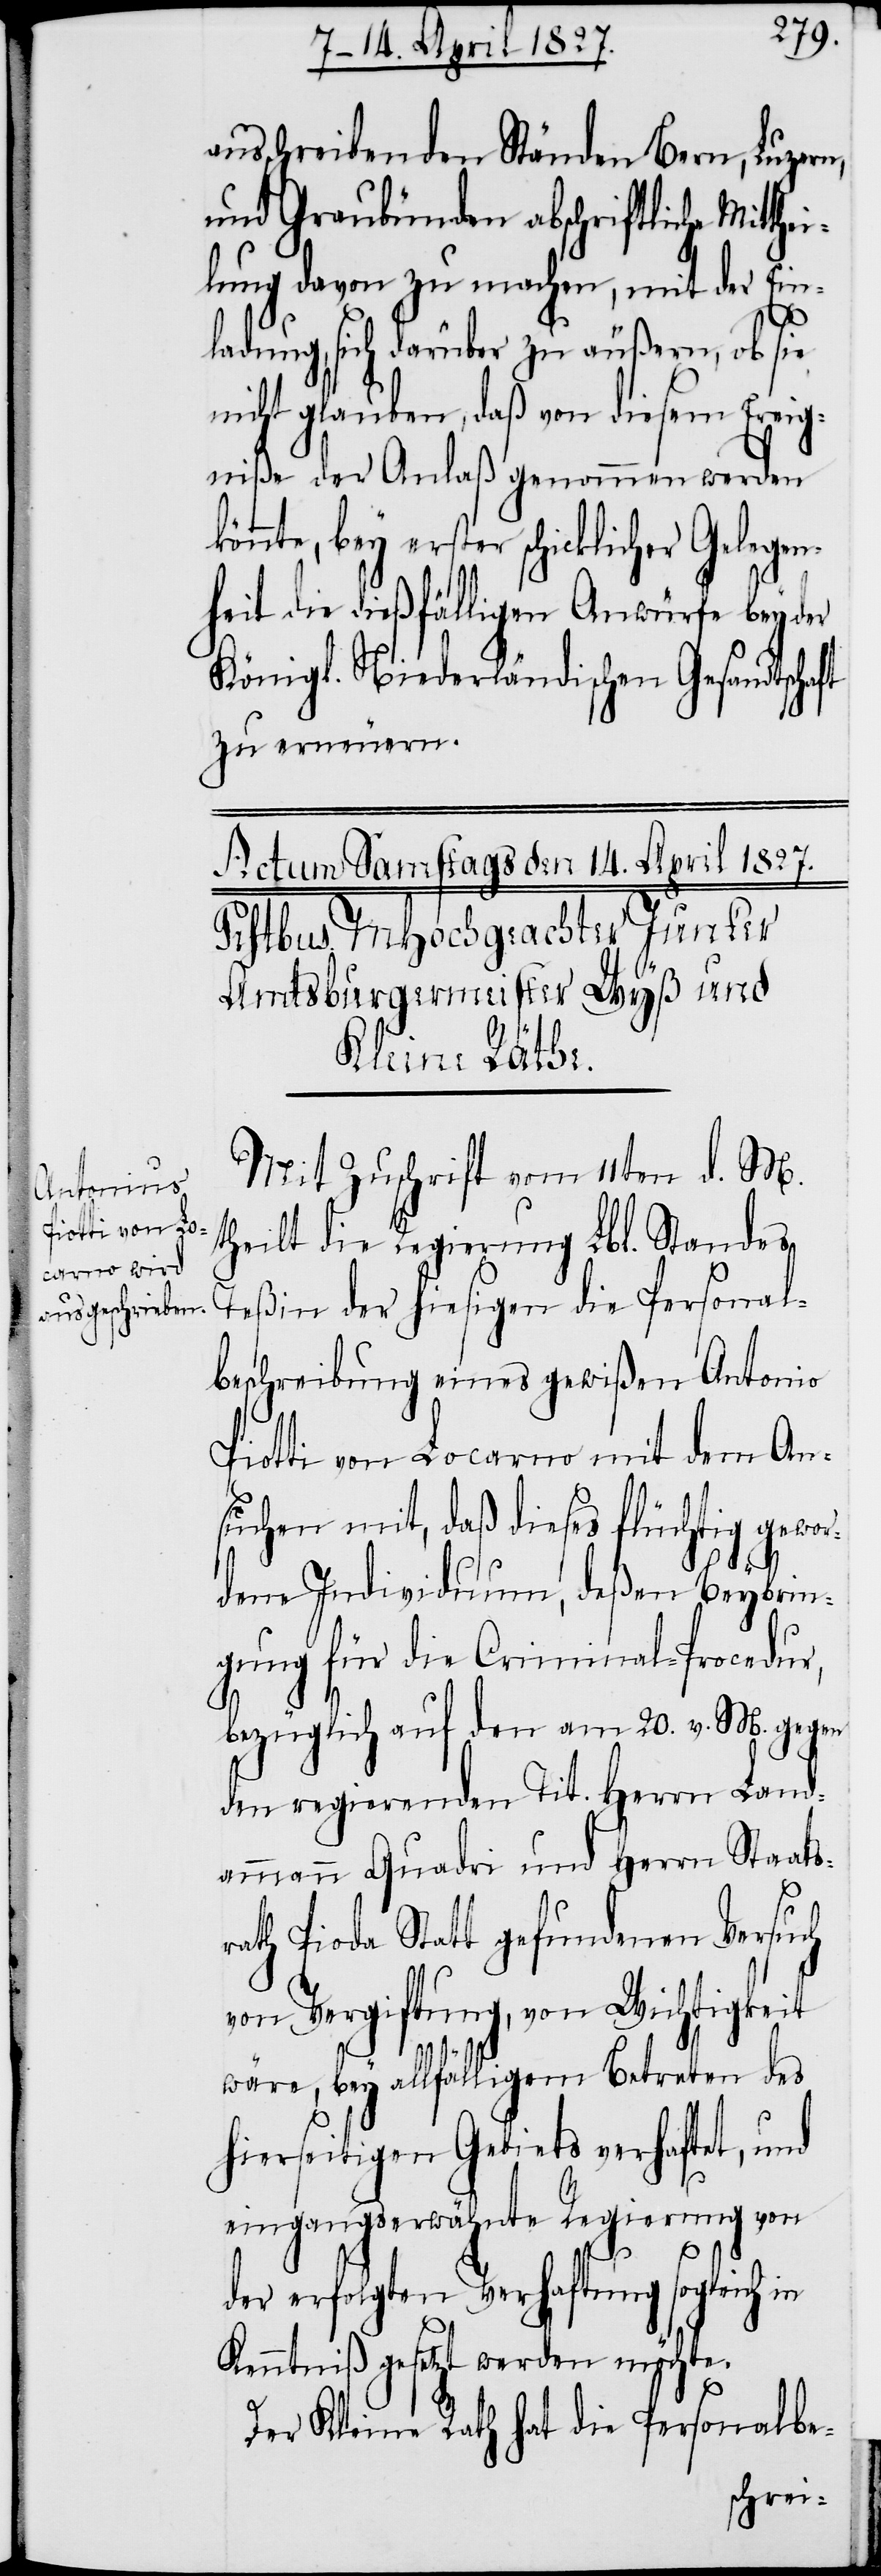
ausschreibenden Ständen Bern, Luzern,
und Graubünden abschriftliche Mit¬
lung davon zu machen, mit der Ein¬
ladung, sich darüber zu äußern, ob sie
nicht glauben, daß von diesem Ereig¬
niße der Anlaß genommen werden
önnte, bey erster schicklicher Gelege¬
nheit die dießfälligen Anwürfe bey der
Königl. Niederländischen Gesandtschaft
zu erneuern.
Mit Zuschrift vom 11ten d. M.
theilt die Regierung Lbl. Standes
Teßin der hiesigen die Personal¬
beschreibung eines gewißen Antonio
Piotti von Locarno mit dem An¬
suchen mit, daß dieses flüchtig gewor¬
k¬
dene Individuum, deßen Beybrin¬
gung für die Criminal-Procedur,
bezüglich auf den am 20. v. M. gegen
den regierenden Tit. Herrn Land¬
ammann Quadri und Herrn Staats¬
rath Pioda Statt gefundenen Versuch
von Vergiftung, von Wichtigkeit
wäre, bey allfälligem Betreten des
hierseitigen Gebiets verhaftet, und
eingangserwähnte Regierung von
der erfolgten Verhaftung sogleich
Kenntniß gesetzt werden möchte.
Der Kleine Rath hat die Personalbe-
thei¬